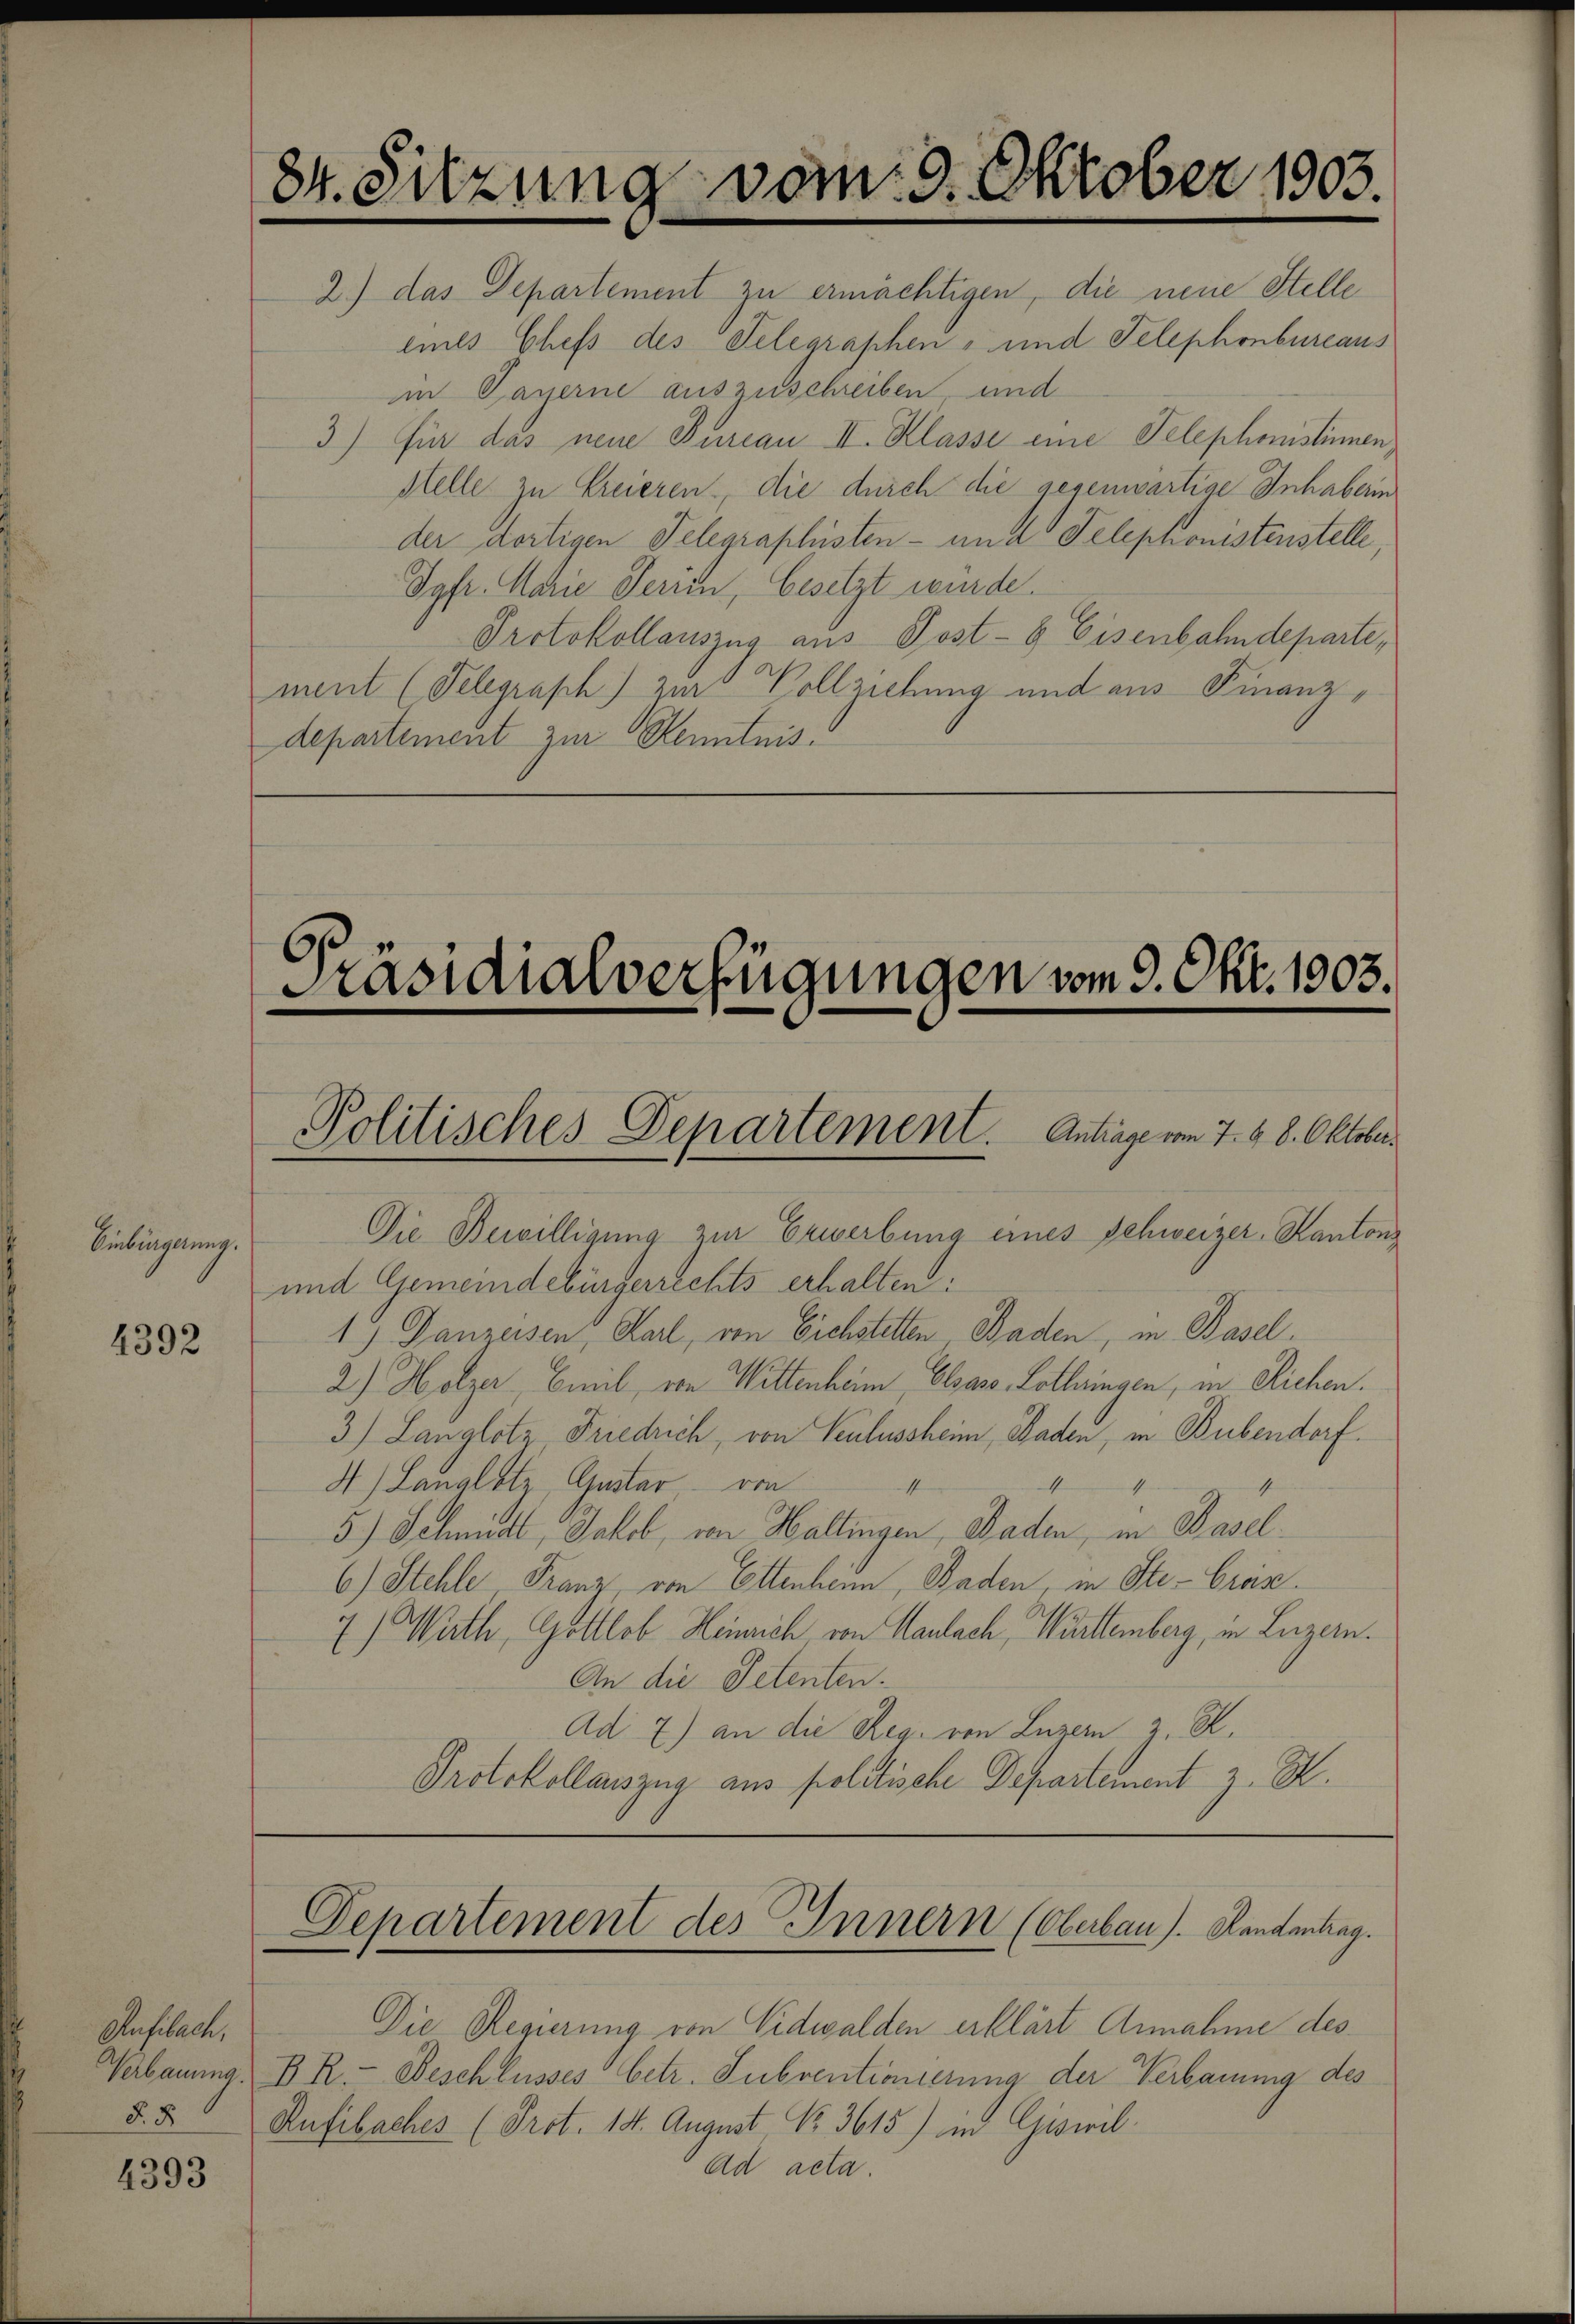
4392

4393

84. Sitzung vom 9. Oktober 1903.

Präsidialverfügungen vom 9. Okt. 1903.
Politisches Departement. Antrage vom 7. d. 8. Oktober.

Einbringelung.
1

2.) das Separtement zu ermächtigen, die neue Stelle
eines Chefs des Telegraphen- und Telephonbureaus
in Payerne auszuschreiben und
3) für das neue Bureau III. Klasse eine Telephonistinen
stelle zu Freieren, die durch die gegenwärtige Inhaberin
der dortigen Telegraphisten- und Telephonistenstelle,
Jgfr. Marie Serii, besetzt würde.
Protokollauszug aus Post- & Eisenbahndeparte,
ment (Telegraph) zur Vollziehung und aus Finanzdepartement zur Kenntnis¬

Ansbache,

Departement des Innern (Oberbau). Handantrag.

Die Bewilligung zur Erwerbung eines Schweizer-Kantons
und Gemeindebürgerrechts erhalten:
1) Ganzessen, Karl, von Eichstetten, Baden, in Basel
2.) Holzer, Emil von Wittenheim Elsaso Lothringen, in Eichen.
3) Langlotz, Friedrich, von Seulussheim, Baden, in Bubendorf.
1
1
4.) Langlotz, Gustar, – von
5.) Schmidl, Jakob, von Wallingen, Baden, in Basel¬
6) Stehle, Franz, von Ettenhann, Baden, in Ste-Craz.
7) Wirth, Gottlob Heinrich von Maulach, Württemberg, in Luzern.
An die Petenten.
Ad 7) an die Reg. von Luzern z. R.
Protokollauszug aus politische Departement z. B.

Die Regierung von Nidwalden erklärt Annahme des
Verbauung, B R.- Beschlusses betr. Subventionierung der Verbauung des
§. 5. Aufibaches (Prot. 14. August, No. 3615) in Giswil¬
Ad acta.